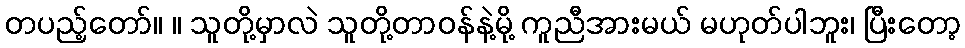
တပည့်တော်။ ။ သူတို့မှာလဲ သူတို့တာဝန်နဲ့မို့ ကူညီအားမယ် မဟုတ်ပါဘူး၊ ပြီးတော့